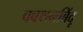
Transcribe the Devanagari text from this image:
क्वथनबिंदू